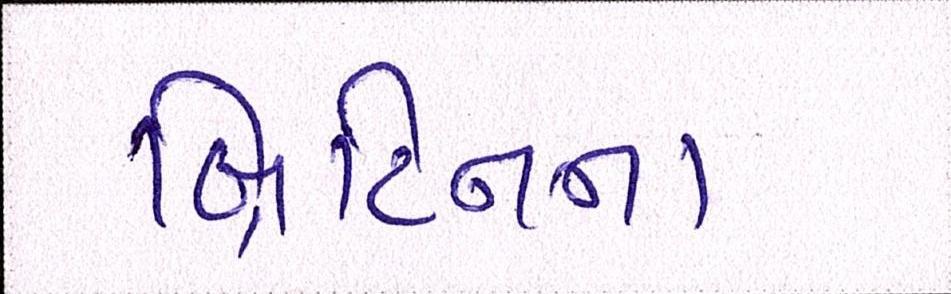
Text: બ્રિટિનના